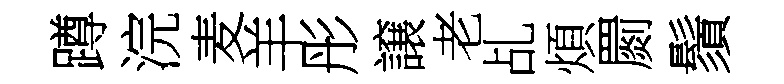
蹲浣麦羊彤譲老乩煩罽鬚